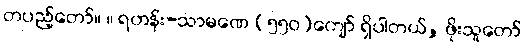
တပည့်တော်။ ။ ရဟန်း-သာမဏေ (၅၅၀)ကျော် ရှိပါတယ်, ဖိုးသူတော်